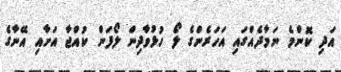
އަދި ކޮންމެ ނަމާދެއްގައި އަހަރެންގެ ލޯ ހުޅުވާދިން ލޯފަން ކުއްޖާ އަށާއި އޭނާގެ